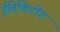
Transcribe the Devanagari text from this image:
ईतिकिटींग